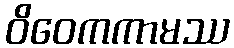
ဝိဝေကကာမဿ